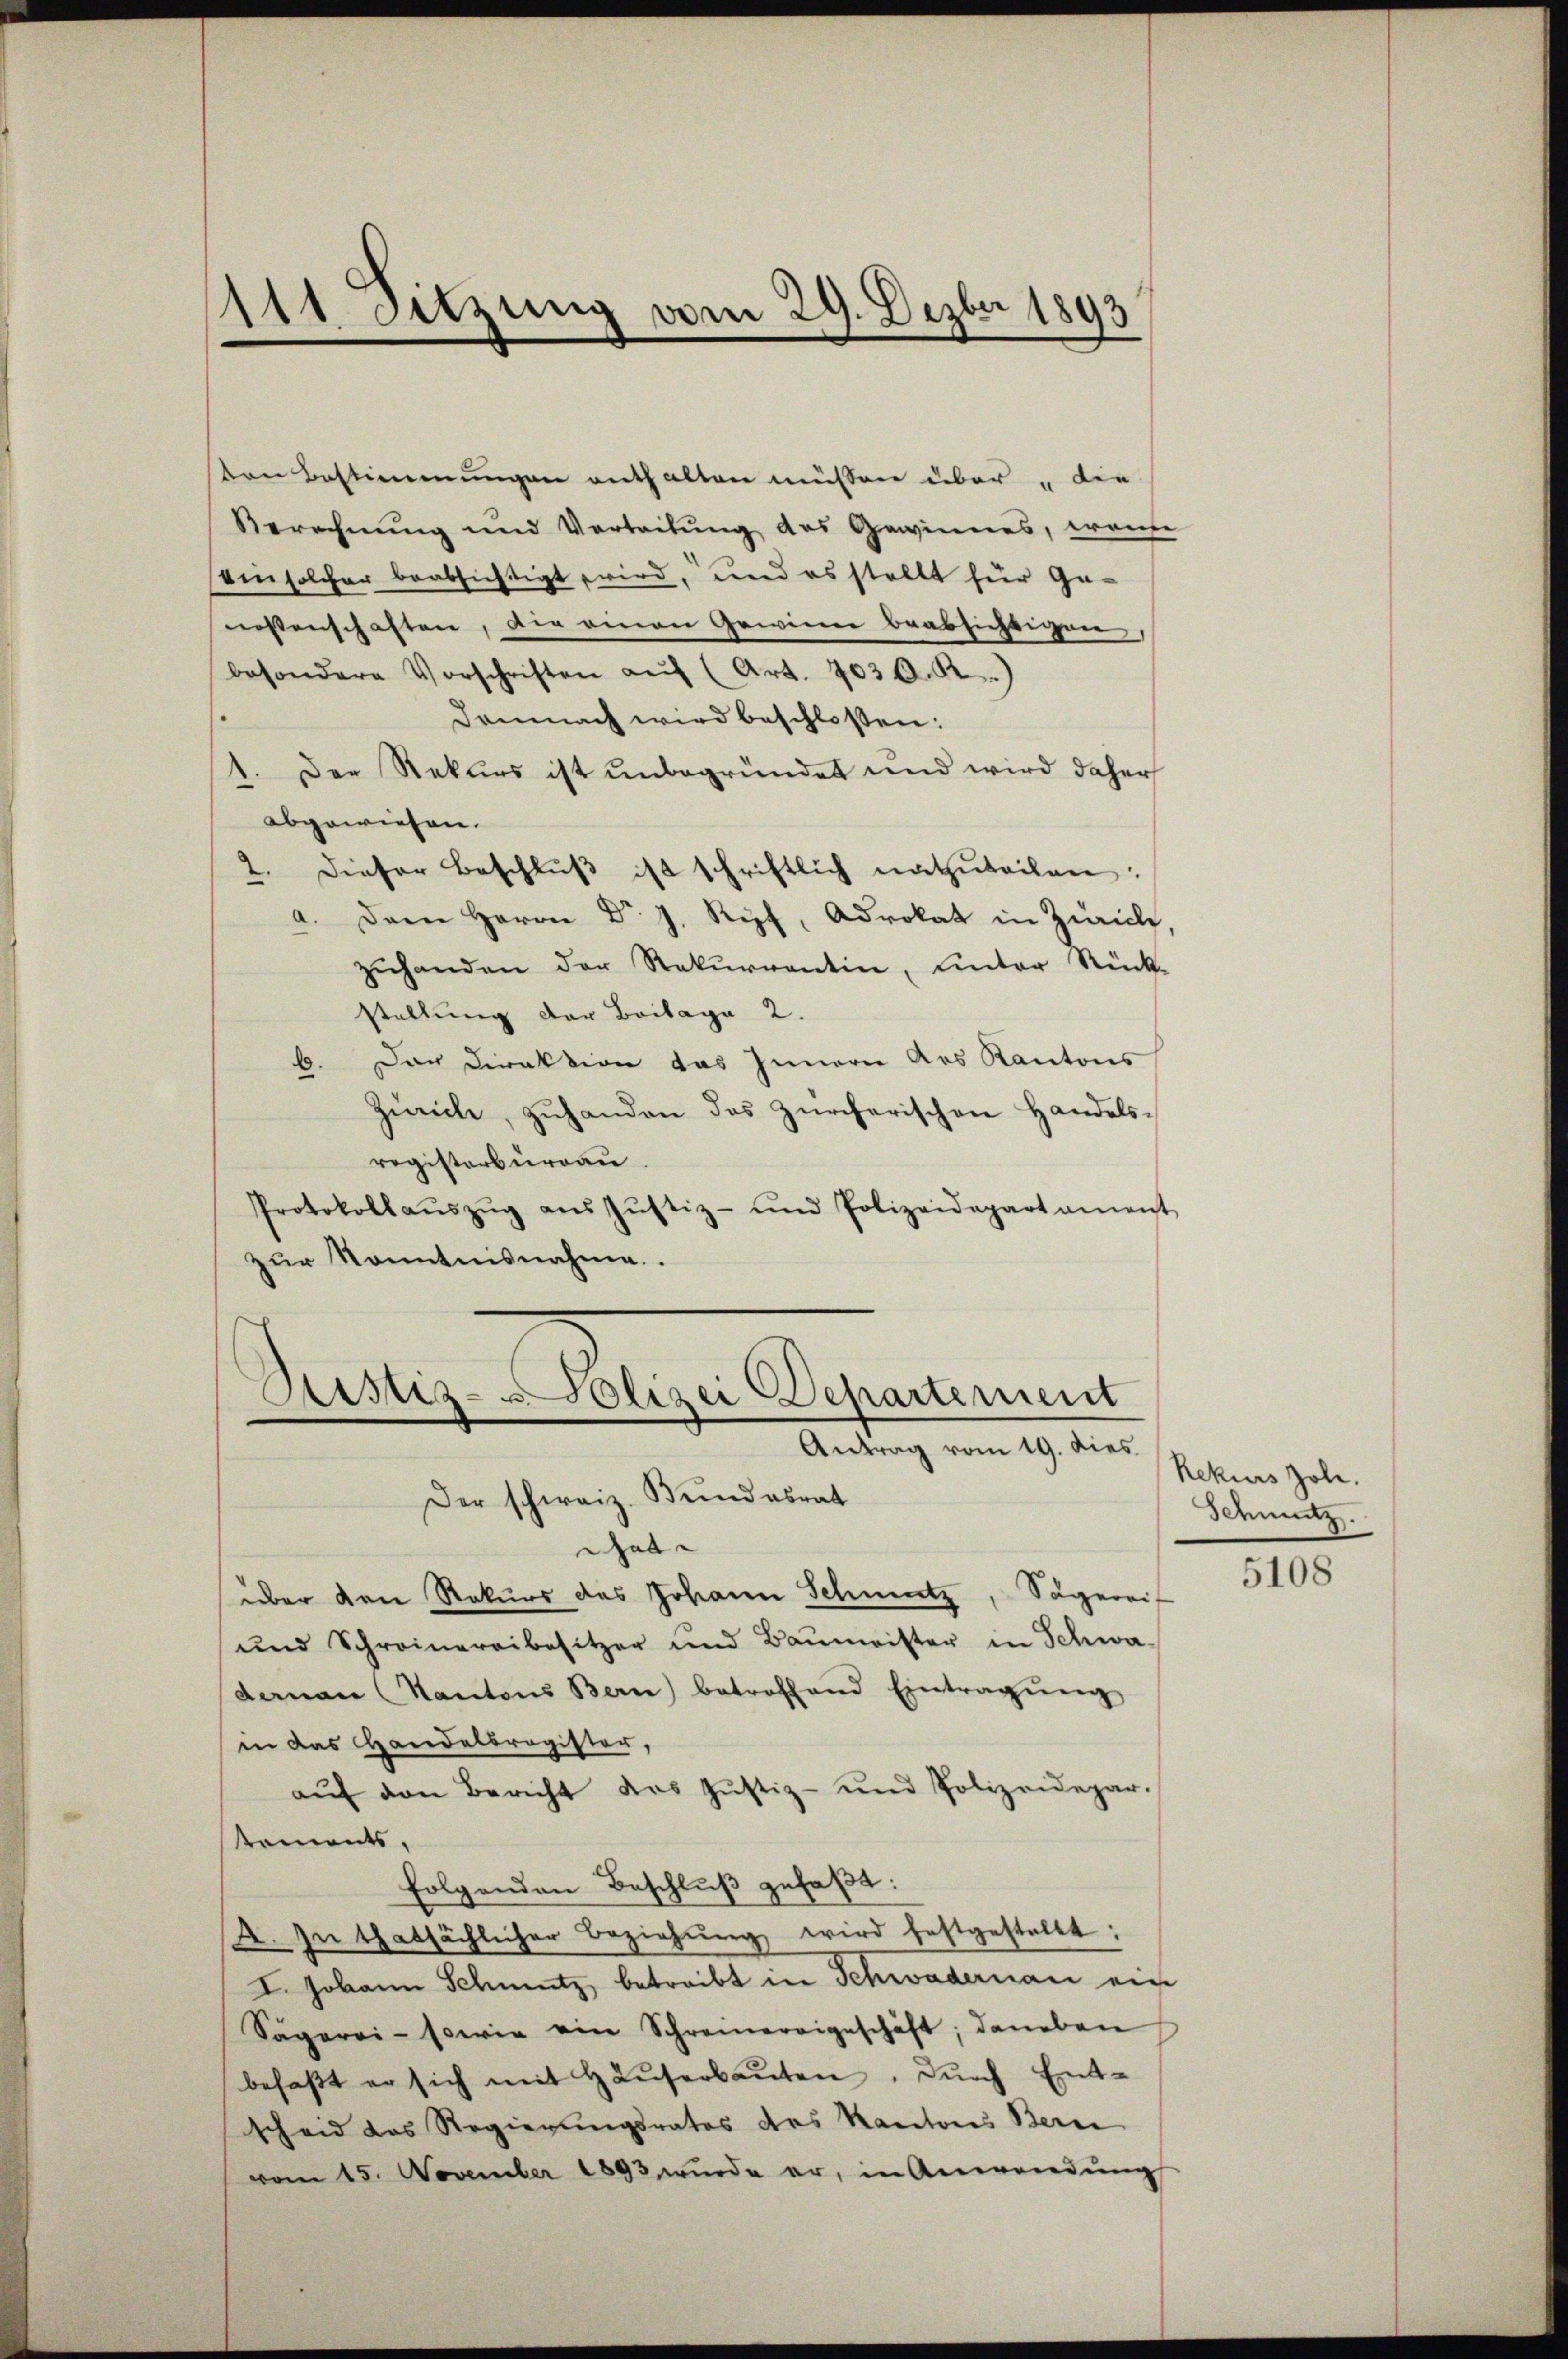
111 Sitzung vom 29. Dezbr 1893

sten Bestimmungen enthalten müssen über die
Berechnung und Vertretung des Gewinnes, warte
ein solcher beabsichtigt wird, und es stellt für Ge-
nossenschaften, die einen Gewinn beabsichtigen
besondere Vorschriften aŭf (Art. 703 O. R.)
Demnach wird beschlossen:
1. Der Rekurs ist unbegründet und wird daher
abgewiesen.
2. Dieser Beschlŭβ ist schriftlich natzŭteilen:
a. Dann Herrn Dr. J. Ripf, Advokat in Zürich,
zŭhanden der Rekurrentin, unter Rück-
stellung der Beilage 2.
6. Der Direktion das Innern des Kantons
Zürich, zuhanden das zürcherischen Handelsregisterbureau
Protokollaŭszŭg aŭs Jŭstiz- und Polizeidepartament
zur Kenntnisnahme

Sistiz- & Polizei Departement
Antrag vom 19. dies
Der schweiz. Bundesrat

Gal
über den Rekurs des Johann Schmutz, Sägereit
ŭnd Schreinereibesitzer und Baŭmeister in Schwa
danan (Kantons Bern) betroffend Eintragŭng
in das Handelbragister,
aŭf den Bericht das Justiz- und Polizeidepar-
stements,
folgenden Beschlŭβ gefaßt:
A. In thatsächlicher Beziehŭng wird festgestellt:
I. Johann Schmutz, betreibt in Schwadernau ein
Sägerei- sowie ein Schreiereigeschäft, daneben
befaβt er sich mit Häŭserbaŭten, durch Entscheid das Regierungsrates des Kantons Bern
vom 15. November 1893 wurde er, in Anwendŭng

Rekurs Zole.
Dehmutz.

5108